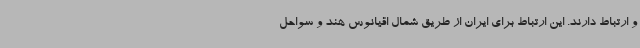
و ارتباط دارند. این ارتباط برای ایران از طریق شمال اقیانوس هند و سواحل